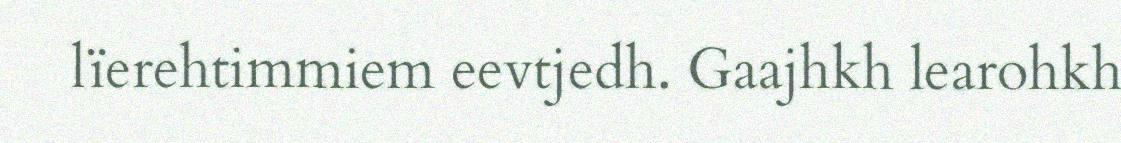
lïerehtimmiem eevtjedh. Gaajhkh learohkh